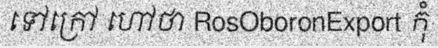
ទៅក្រៅ ហៅថា RosOboronExport កុំ